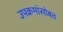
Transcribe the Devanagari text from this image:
उपक्रमांसोबत